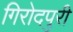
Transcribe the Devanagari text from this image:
गिरोदपुरी